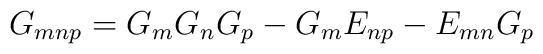
G_{mnp} = G_{m}G_{n}G_{p}-G_{m}E_{np}-E_{mn}G_{p}